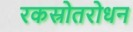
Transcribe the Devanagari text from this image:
रकस्रोतरोधन